Note on the mental hospitals in Burma - 1925-1940
Year: 1925
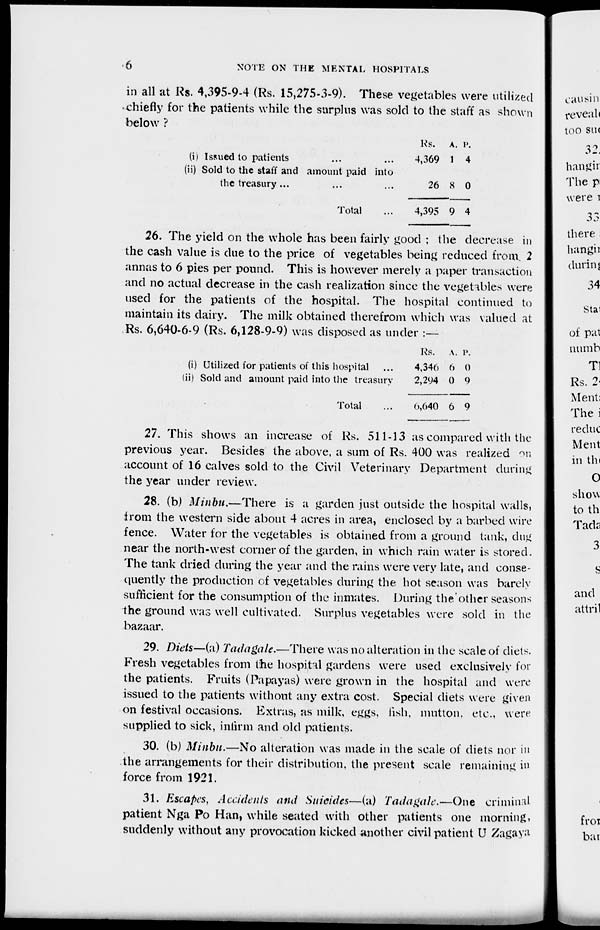
6
NOTE ON THE MENTAL HOSPITALS
in all at Rs. 4,395-9-4 (Rs. 15,275-3-9). These vegetables were utilized
chiefly for the patients while the surplus was sold to the staff as shown
below ?
(i) Issued to patients ... ...
(ii) Sold to the staff and amount paid into
the treasury... ... ...
Total
Rs.
4,369
26
4,395
A.
1
8
9
P.
4
0
4
26. The yield on the whole has been fairly good ; the decrease in
the cash value is due to the price of vegetables being reduced from. 2
annas to 6 pies per pound. This is however merely a paper transaction
and no actual decrease in the cash realization since the vegetables were
used for the patients of the hospital. The hospital continued to
maintain its dairy. The milk obtained therefrom which was valued at
Rs. 6,640-6-9 (Rs. 6,128-9-9) was disposed as under :—
(i) Utilized for patients of this hospital
(ii) Sold and amount paid into the treasury
Total
Rs.
4,346
2,294
0,640
A.
6
0
6
P.
0
9
9
27. This shows an increase of Rs. 511-13 as compared with the
previous year. Besides the above, a sum of Rs. 400 was realized on
account of 16 calves sold to the Civil Veterinary Department during
the year under review.
28. (b) Minbu.—There is a garden just outside the hospital walls,
from the western side about 4 acres in area, enclosed by a barbed wire
fence. Water for the vegetables is obtained from a ground tank, dug
near the north-west corner of the garden, in which rain water is stored.
The tank dried during the year and the rains were very late, and conse-
quently the production of vegetables during the hot season was barely
sufficient for the consumption of the inmates. During the/other seasons
the ground was well cultivated. Surplus vegetables were sold in the
bazaar.
29. Diets—(a) Tadagale.—There was no alteration in the scale of diets.
Fresh vegetables from the hospital gardens were used exclusively for
the patients. Fruits (Papayas) were grown in the hospital and were
issued to the patients without any extra cost. Special diets were given
on festival occasions. Extras, as milk, eggs, fish, mutton, etc., were
supplied to sick, infirm and old patients.
30. (b) Minbu.—No alteration was made in the scale of diets nor in
the arrangements for their distribution, the present scale remaining in
force from 1921.
31. Escapes, Accidents and Suicides—(a) Tadagale.—One criminal
patient Nga Po Han, while seated with other patients one morning,
suddenly without any provocation kicked another civil patient U Zagaya